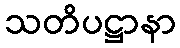
သတိပဋ္ဌာနာ